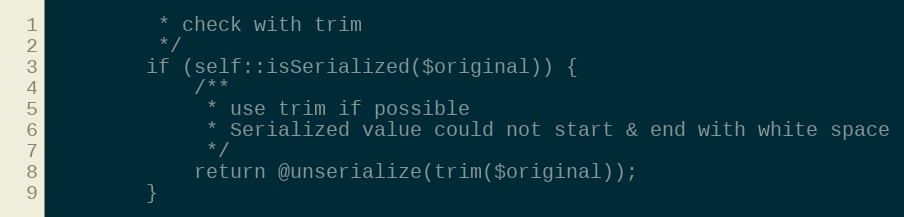
Language: PHP
         * check with trim
         */
        if (self::isSerialized($original)) {
            /**
             * use trim if possible
             * Serialized value could not start & end with white space
             */
            return @unserialize(trim($original));
        }